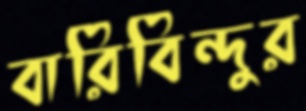
বারিবিন্দুর